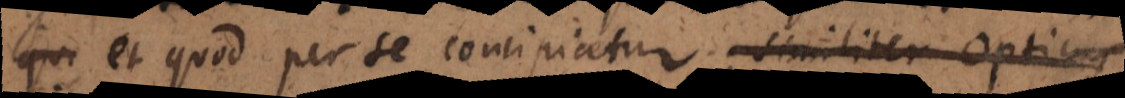
et quod per se concipiatur; similiter Opticus